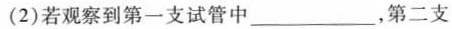
(3)若观察到第一支试管中___，第二支